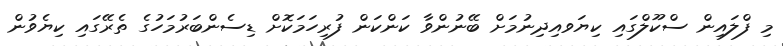
މި ފްލައިން ސްކޫލްގައި ކިޔަވއިދިނުމަށް ބޭނުންވާ ކަންކަން ފުރިހަމަކޮށް ޑިސެންބަރުމަހުގެ ތެރޭގައި ކިޔެވުން